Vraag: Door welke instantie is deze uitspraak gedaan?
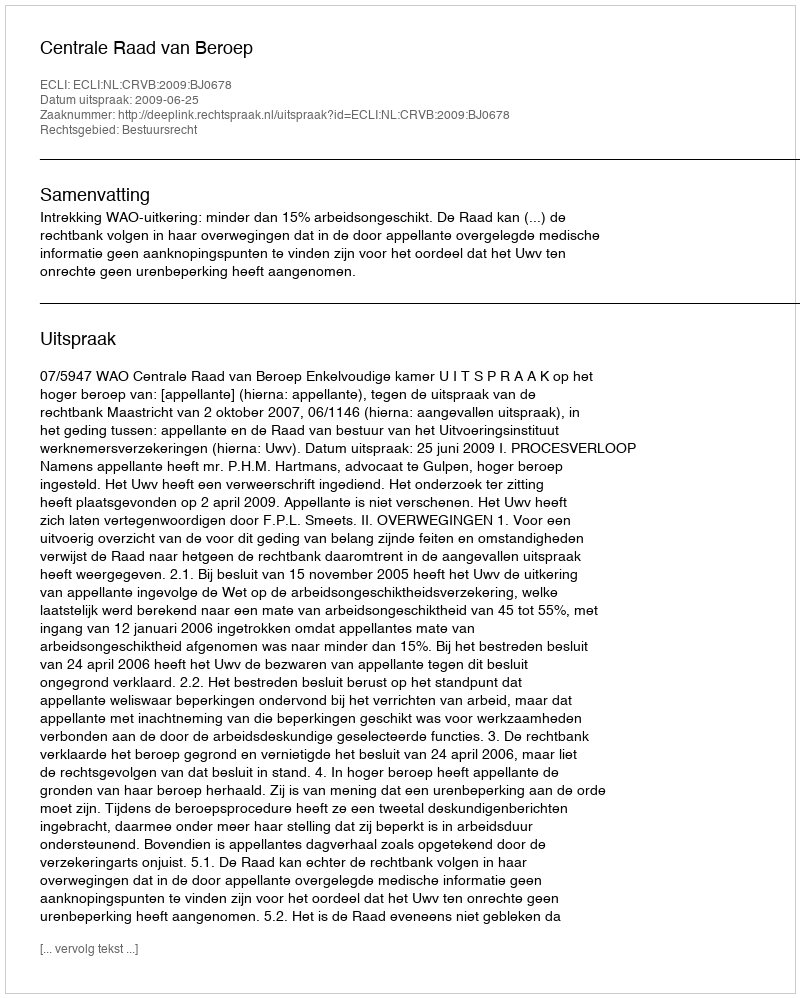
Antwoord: Centrale Raad van Beroep